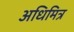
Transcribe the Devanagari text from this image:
अधिमित्र